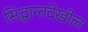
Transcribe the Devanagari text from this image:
सिद्धान्तदेखील